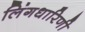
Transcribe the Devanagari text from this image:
लिंगधारिणी